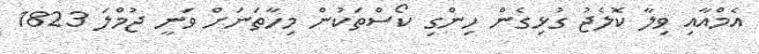
އެމްއާއި ވިލާ ކޮލެޖު ގުޅިގެން ހިންގި ކޯސްތަކުން މިހާތަނަށް ވަނީ ޖުމްލަ 1823